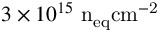
3 \times 1 0 ^ { 1 5 } ~ \mathrm { { n } _ { e q } \mathrm { { c m } ^ { - 2 } } }